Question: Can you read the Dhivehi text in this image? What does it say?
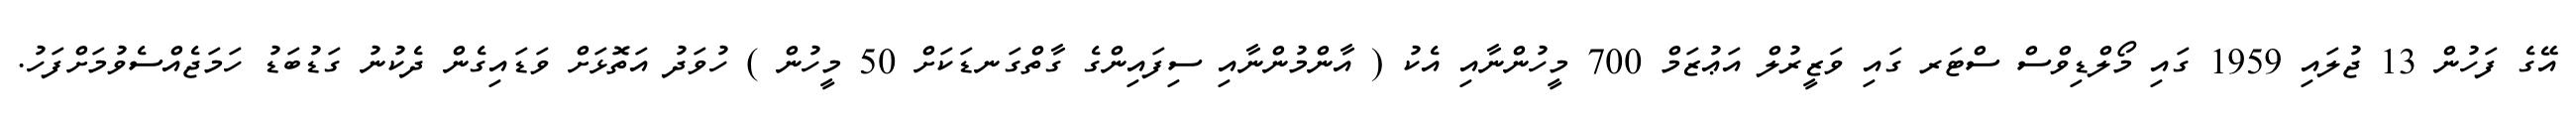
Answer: އޭގެ ފަހުން 13 ޖުލައި 1959 ގައި މޯލްޑިވްސް ސްޓަރ ގައި ވަޒީރުލް އަޢުޒަމް 700 މީހުންނާއި އެކު ( އާންމުންނާއި ސިފައިންގެ ގާތްގަނޑަކަށް 50 މީހުން ) ހުވަދު އަތޮޅަށް ވަޑައިގެން ދެކުނު ގަޑުބަޑު ހަމަޖެއްސެވުމަށްފަހު.